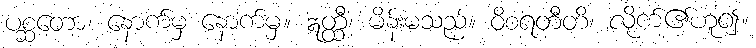
ပစ္ဆတော၊ နောက်မှ နောက်မှ။ ဣတ္ထီ၊ မိန်းမသည်။ ဝိစရတီတိ၊ လိုက်၏ဟူ၍။